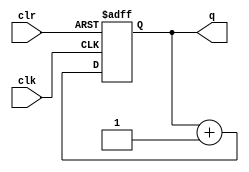
// //////////////////////////////////////////////////////////////////////
// Comment :  Verilog Design                                          ///
// Version :  V1.0                                                    ///
// Program :  Examples (Counter)                                      ///
/////////////////////////////////////////////////////////////////////////


// Following is the Verilog code for a 4-bit unsigned up counter with asynchronous clear.
module FourB_CounterUpC (clk,clr,q);

input        clk,clr;
output [3:0] q;
reg    [3:0] temp;

always @(posedge clk or posedge clr) begin

  if (clr)
     temp <= 4'b0000;
  else
     temp <= temp + 1'b1;
end

assign q = temp;

endmodule 


//Following is the Verilog code for a 4-bit unsigned down counter with synchronous set.
module FourB_CounterDownS (clk,s,q);

input        clk,s;
output [3:0] q; 
reg    [3:0] temp; 

always @(posedge clk) begin

  if (s)
     temp <= 4'b1111;
  else
     temp <= temp - 1'b1;
end

assign q = temp;

endmodule


//Following is the Verilog code for a 4-bit unsigned up counter with an asynchronous load from the primary input.
module FourB_CounterUpLPI (clk,load,d,q);

input       clk,load;
input  [3:0] d;
output [3:0] q;
reg    [3:0] temp;

always @(posedge clk or posedge load) begin

  if (load)
     temp <= d;
  else
     temp <= temp + 1'b1;
end

assign q = temp;

endmodule


//Following is the Verilog code for a 4-bit unsigned up counter with a synchronous load with a constant.
module FourB_CounterUpL (clk, sload, q);

input        clk,sload;
output [3:0] q;
reg    [3:0] temp;

always @(posedge clk) begin

  if (sload)
     temp <= 4'b1010;
  else
     temp <= temp + 1'b1;
end

assign q = temp;

endmodule


//Following is the Verilog code for a 4-bit unsigned up counter with an asynchronous clear and a clock enable.
module FourB_CounterUpCe (clk,clr,ce,q);

input        clk,clr,ce;
output [3:0] q;
reg    [3:0] temp;

always @(posedge clk or posedge clr) begin

  if (clr)
     temp <= 4'b0000;
  else if (ce)
     temp <= temp + 1'b1;
end

assign q = temp;

endmodule